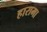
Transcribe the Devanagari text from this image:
हारामा